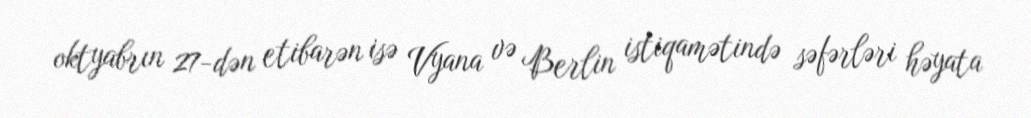
oktyabrın 27-dən etibarən isə Vyana və Berlin istiqamətində səfərləri həyata